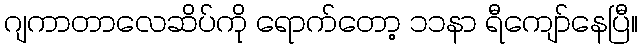
ဂျကာတာလေဆိပ်ကို ရောက်တော့ ၁၁နာ ရီကျော်နေပြီ။